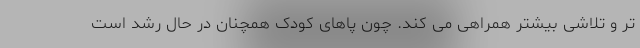
تر و تلاشی بیشتر همراهی می کند. چون پاهای کودک همچنان در حال رشد است